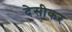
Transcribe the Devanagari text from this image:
देसीकर